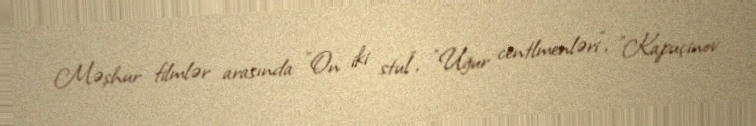
Məşhur filmlər arasında "On iki stul", "Uğur centlmenləri", "Kapuçinov